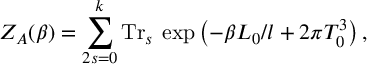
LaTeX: Z _ { A } ( \beta ) = \sum _ { 2 s = 0 } ^ { k } \mathrm { T r } _ { s } \: \exp \left( - \beta L _ { 0 } / l + 2 \pi T _ { 0 } ^ { 3 } \right) ,